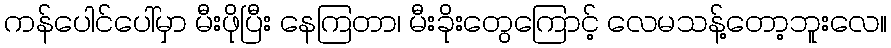
ကန်ပေါင်ပေါ်မှာ မီးဖိုပြီး နေကြတာ၊ မီးခိုးတွေကြောင့် လေမသန့်တော့ဘူးလေ။